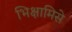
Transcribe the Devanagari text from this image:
भिक्षामिसे